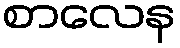
စာလေန